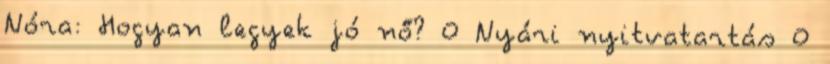
Nóra: Hogyan legyek jó nő? 0 Nyári nyitvatartás 0